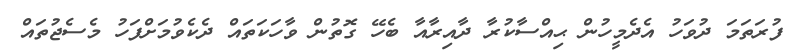
ފުރަތަމަ ދުވަހު އެދެމީހުން ޙިއްސާކުރާ ދާއިރާއާ ބެހޭ ގޮތުން ވާހަކަތައް ދެކެވުމަށްފަހު މެސެޖުތައް